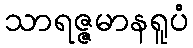
သာရဇ္ဇမာနရူပံ